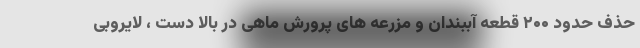
حذف حدود ۲۰۰ قطعه آببندان و مزرعه های پرورش ماهی در بالا دست ، لایروبی